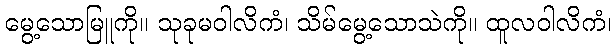
မွေ့သောမြူကို။ သုခုမဝါလိကံ၊ သိမ်မွေ့သောသဲကို။ ထူလဝါလိကံ၊